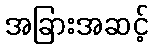
အခြားအဆင့်